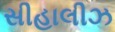
સીહાલીઝ